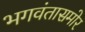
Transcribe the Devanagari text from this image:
भगवंतासमोर